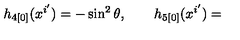
h _ { 4 [ 0 ] } ( x ^ { i ^ { \prime } } ) = - \sin ^ { 2 } \theta , \qquad h _ { 5 [ 0 ] } ( x ^ { i ^ { \prime } } ) =